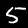
Label: 5